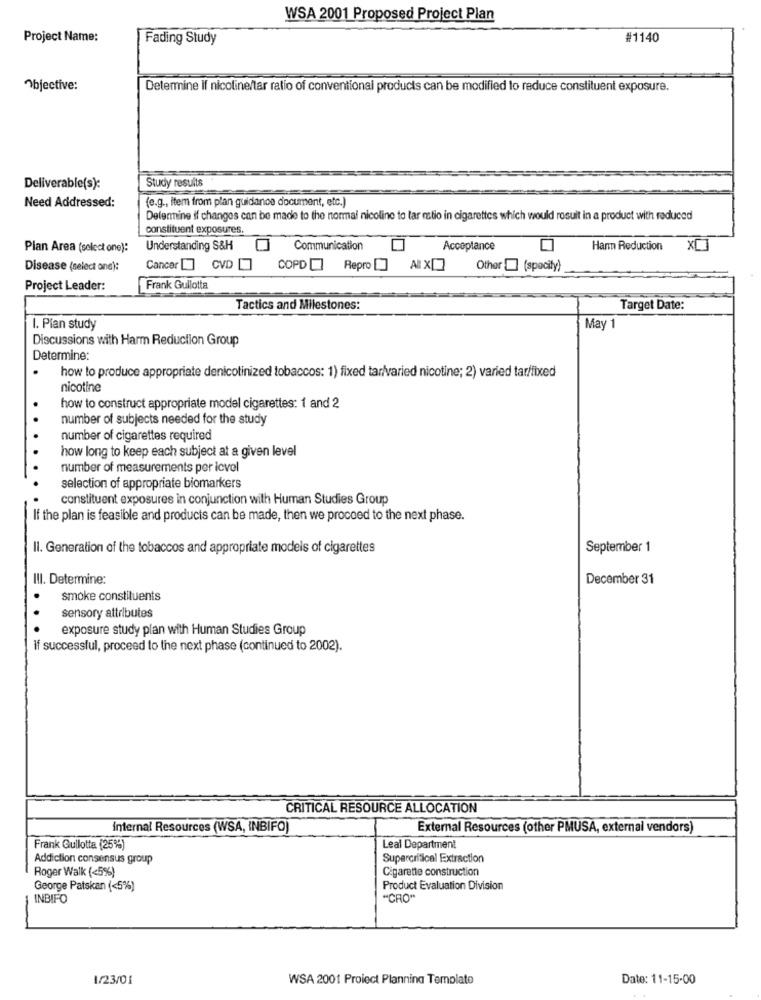
WSA 2001 Proposed Project Plan
Project Name:
Fading Study
#1140
Objective:
Determine if nicoline/tar ratio of conventional products can be modified to reduce constituent exposure.
Study results
Deliverable(s):
Need Addressed:
(e.g ., item from plan guidance document, etc.)
Determine if changes can be made to the normal nicoline to tar mtio in cigarettes which would result in a product with reduced
constituent exposures.
Plan Area (select one):
Understanding S&H
Communication
Acceptance
Harm Reduction
Disease (select one):
Cancer [] CVD [] COPD Repro [] Ax[]
Other [ (spocity)
Project Leader:
Frank Gullotta
Tactics and Milestones:
Target Date:
I. Plan study
May 1
Discussions with Harm Reduction Group
Determine:
how to produce appropriate denicotinized tobaccos: 1) fixed tar/varied nicotine; 2) varied tar/fixed
nicotine
how to construct appropriate model cigarettes: 1 and 2
number of subjects needed for the study
number of cigarettes required
how long to keep each subject at a given level
number of measurements per icvel
selection of appropriate biomarkers
constituent exposures in conjunction with Human Studies Group
If the plan is feasible and products can be made, then we proceed to the next phase.
Il. Generation of the tobaccos and appropriate models of cigarettes
September 1
III. Determine:
December 31
smoke constituents
sensory attributes
exposure study plan with Human Studies Group
If successful, proceed to the next phase (continued to 2002).
CRITICAL RESOURCE ALLOCATION
internal Resources (WSA, INBIFO)
External Resources (other PMUSA, external vendors)
Frank Gullotta (25%)
Leal Department
Addiction consensus group
Supercritical Extraction
Roger Walk (<5%)
Cigarette construction
George Patskan (<5%)
Product Evaluation Division
INBIFO
"CRO"
1/23/01
WSA 2001 Proiect Planning Template
Date: 11-15-00